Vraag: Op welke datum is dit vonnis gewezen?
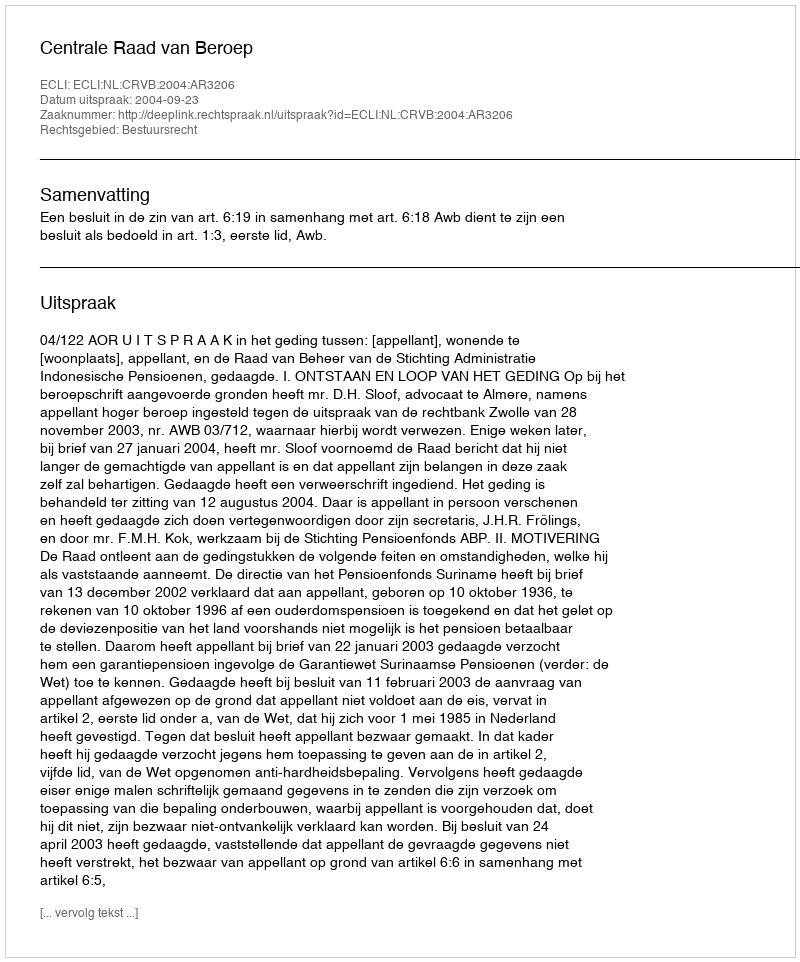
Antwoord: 2004-09-23